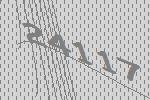
24117